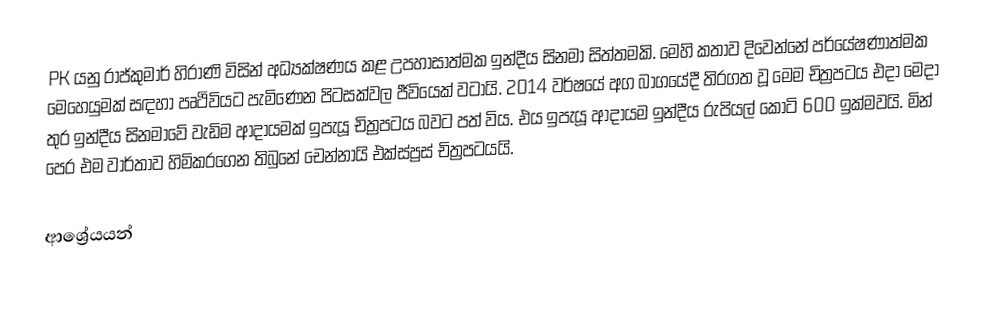
PK යනු රාජ්කුමාර් හිරාණි විසින් අධ්‍යක්ෂණය කළ උපහාසාත්මක ඉන්දීය සිනමා සිත්තමකි. මෙහි කතාව දිවෙන්නේ පර්යේෂණාත්මක මෙහෙයුමක් සඳහා පෘථිවියට පැමිණෙන පිටසක්වල ජීවියෙක් වටායි. 2014 වර්ෂයේ අග බාගයේදී තිරගත වූ මෙම චිත්‍රපටය එදා මෙදා තුර ඉන්දීය සිනමාවේ වැඩිම ආදායමක් ඉපැයූ චිත්‍රපටය බවට පත් විය. එය ඉපැයූ ආදායම ඉන්දීය රුපියල් කෝටි 600 ඉක්මවයි. මින් පෙර එම වාර්තාව හිමිකරගෙන තිබුනේ චෙන්නායි එක්ස්ප්‍රස් චිත්‍රපටයයි.

ආශ්‍රේයයන්